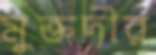
মুক্তদীর